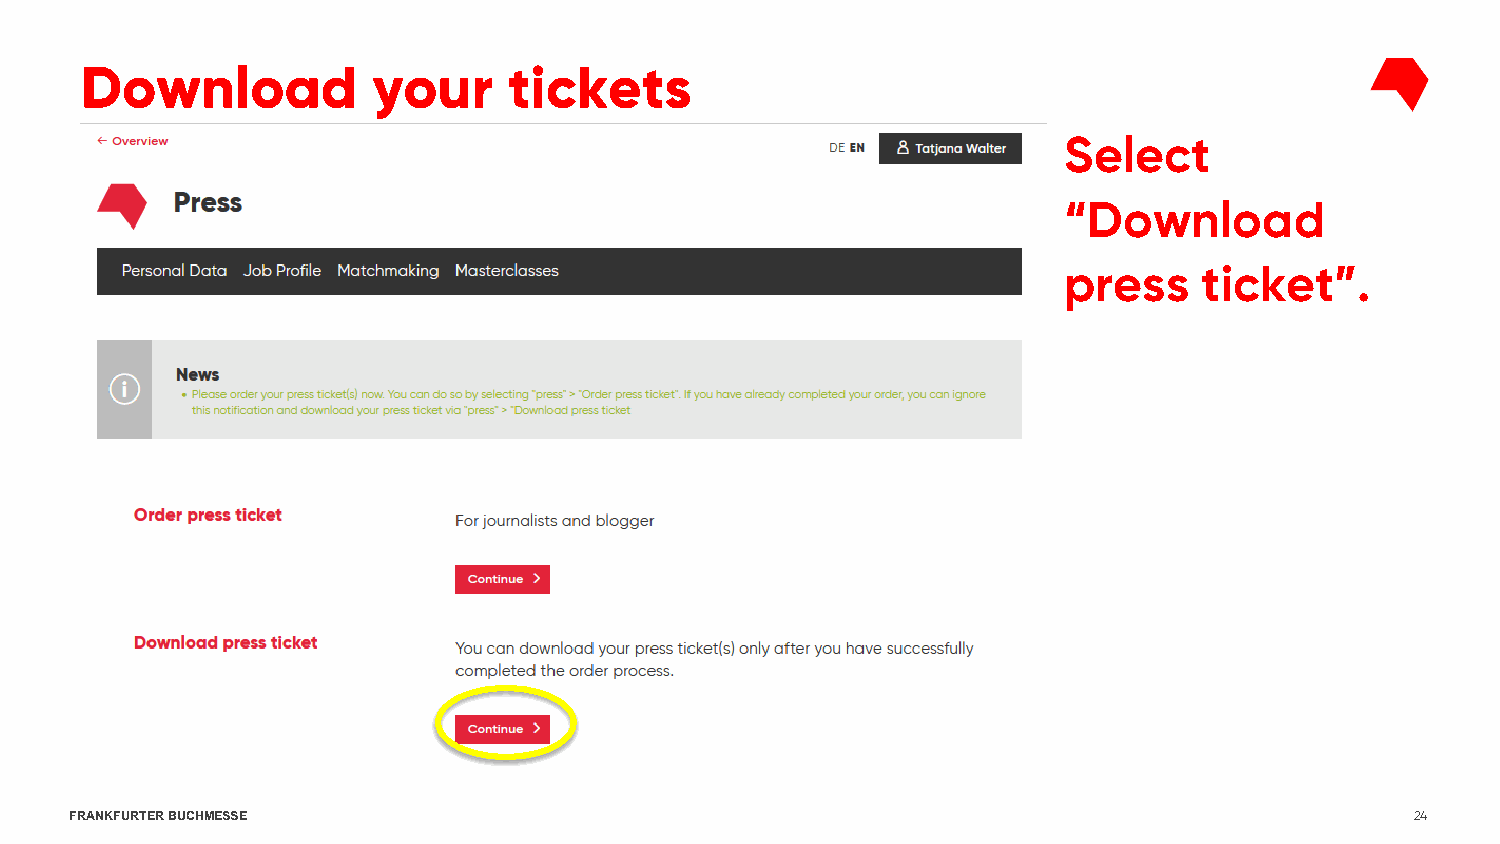
Download            your     tickets
 Select
 “Download
 press     ticket”.
 FRANKFURTER BUCHMESSE                                                                    24